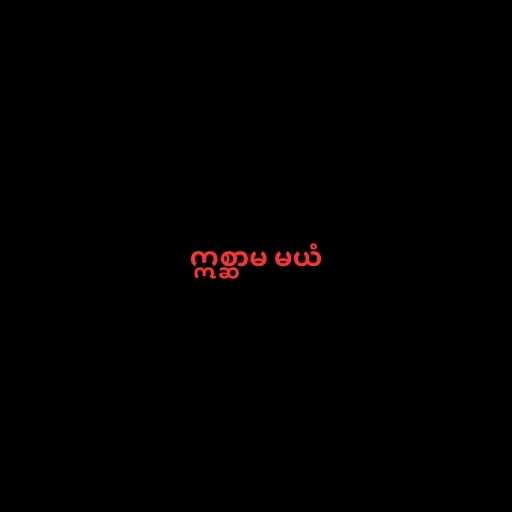
ဣစ္ဆာမ မယံ